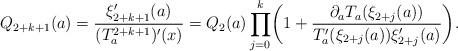
LaTeX: \begin{align*} Q_{2+k+1}(a) = \frac{\xi_{2+k+1}'(a)}{(T_a^{2+k+1})'(x)} = Q_2(a) \prod_{j=0}^k \biggl(1+\frac{\partial_a T_a(\xi_{2+j}(a)) }{T_a'(\xi_{2+j}(a)) \xi_{2+j}'(a) } \biggr). \end{align*}